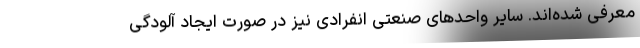
معرفی شده‌اند. سایر واحد‌های صنعتی انفرادی نیز در صورت ایجاد آلودگی